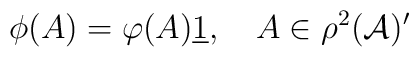
\phi (A)=\varphi (A)\underline{1},\quad A\in \rho ^{2}(\mathcal{A})^{\prime }